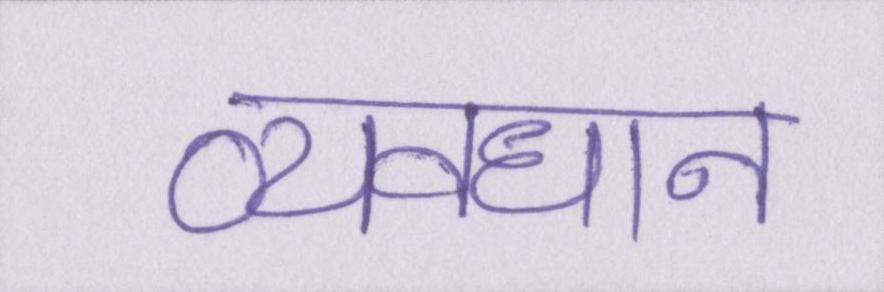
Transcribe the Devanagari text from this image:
व्यवधान